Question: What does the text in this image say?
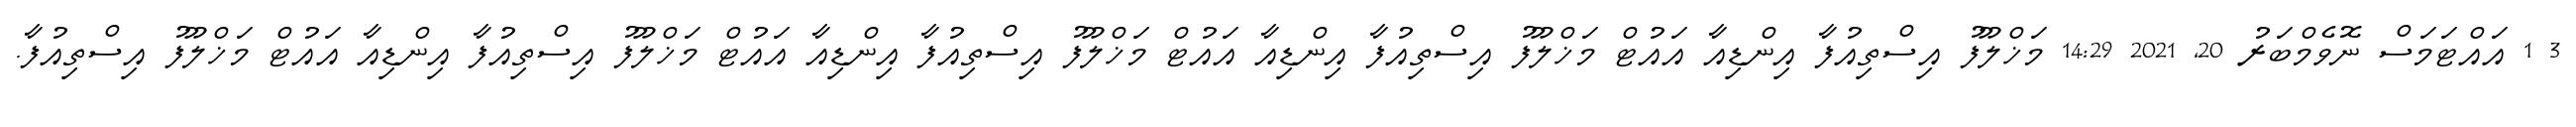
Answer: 3 1 އައްޓަމަސް ނޮވެމްބަރު 20, 2021 14:29 މަޚްލޫފު އިސްތިއުފާ އިންޑިއާ އައުޓް މަޚްލޫފު އިސްތިއުފާ އިންޑިއާ އައުޓް މަޚްލޫފު އިސްތިއުފާ އިންޑިއާ އައުޓް މަޚްލޫފު އިސްތިއުފާ އިންޑިއާ އައުޓް މަޚްލޫފު އިސްތިއުފާ.